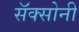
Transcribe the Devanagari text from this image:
सॅक्सोनी